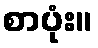
စာပုံး။